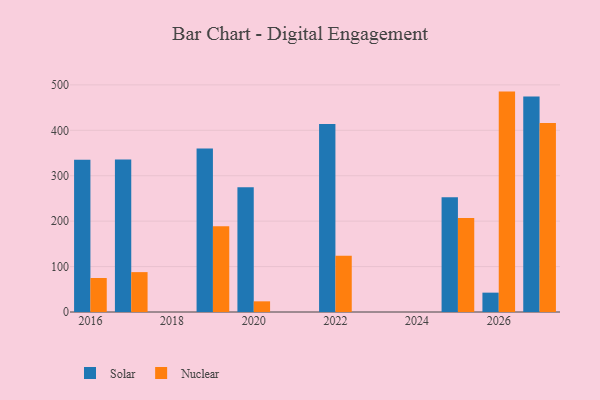
{"axis": {"x": "Year", "y": "Page Views"}, "legend": ["Nuclear", "Solar"], "data": [{"x": "2020", "y": 274.7, "type": "Solar"}, {"x": "2020", "y": 23.5, "type": "Nuclear"}, {"x": "2027", "y": 474.4, "type": "Solar"}, {"x": "2027", "y": 416.0, "type": "Nuclear"}, {"x": "2022", "y": 413.9, "type": "Solar"}, {"x": "2022", "y": 123.8, "type": "Nuclear"}, {"x": "2017", "y": 335.9, "type": "Solar"}, {"x": "2017", "y": 87.8, "type": "Nuclear"}, {"x": "2025", "y": 252.5, "type": "Solar"}, {"x": "2025", "y": 206.7, "type": "Nuclear"}, {"x": "2026", "y": 42.6, "type": "Solar"}, {"x": "2026", "y": 485.2, "type": "Nuclear"}, {"x": "2019", "y": 359.7, "type": "Solar"}, {"x": "2019", "y": 188.9, "type": "Nuclear"}, {"x": "2016", "y": 335.4, "type": "Solar"}, {"x": "2016", "y": 74.8, "type": "Nuclear"}]}